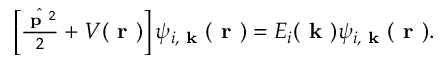
\begin{array} { r } { \left[ \frac { \hat { \textbf { p } ^ { 2 } } } { 2 } + V ( \textbf { r } ) \right] \psi _ { i , \textbf { k } } ( \textbf { r } ) = E _ { i } ( \textbf { k } ) \psi _ { i , \textbf { k } } ( \textbf { r } ) . } \end{array}